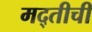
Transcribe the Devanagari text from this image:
मद्तीची